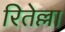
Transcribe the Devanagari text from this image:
रितेल्ला